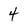
Character: 4